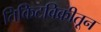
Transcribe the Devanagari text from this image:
तिकिटविक्रीतून